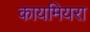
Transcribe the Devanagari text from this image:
कायमियरा